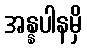
အန္နပါနမှိ